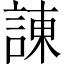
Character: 諌